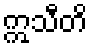
ဣသီတိ